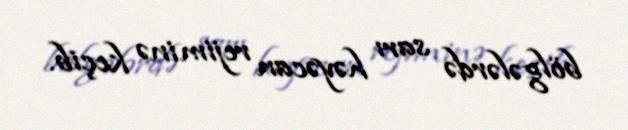
bölgələrdə sarı həyəcan rejiminə keçib.